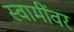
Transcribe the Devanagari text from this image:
स्वामींवर